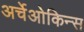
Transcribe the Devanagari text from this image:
अर्चेओकिन्स